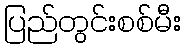
ပြည်တွင်းစစ်မီး